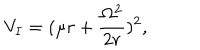
V _ { I } = ( \mu r + \frac { \Omega ^ { 2 } } { 2 r } ) ^ { 2 } ,